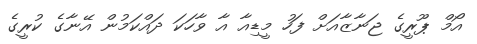
އޯމް ޕޫރީގެ ޖަނާޒާއަށް ފަހު މީޑިއާ އާ ވާހަކަ ދައްކަމުން އޭނާގެ ކުރީގެ